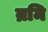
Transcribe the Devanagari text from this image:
म्रमि